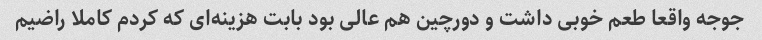
جوجه واقعا طعم خوبی داشت و دورچین هم عالی بود بابت هزینه‌ای که کردم کاملا راضیم